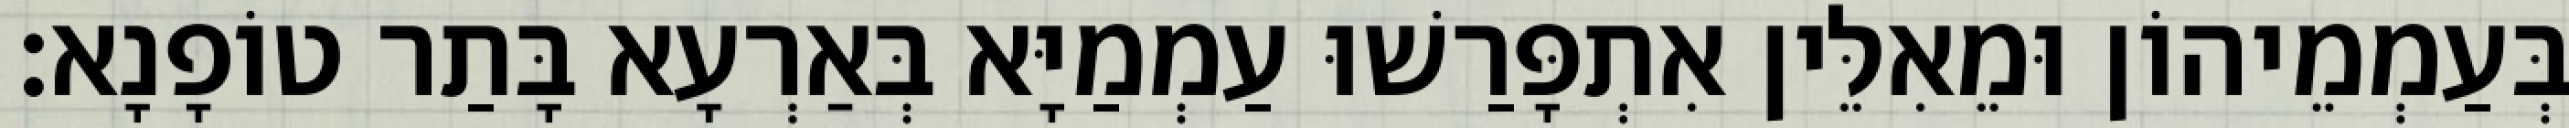
בְּעַמְמֵיהוֹן וּמֵאִלֵּין אִתְפָּרַשׁוּ עַמְמַיָּא בְּאַרְעָא בָּתַר טוֹפָנָא׃